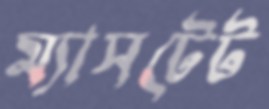
ম্যাসটেট